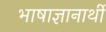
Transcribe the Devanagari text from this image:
भाषाज्ञानार्थी